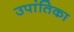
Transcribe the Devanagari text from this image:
उपांतिका